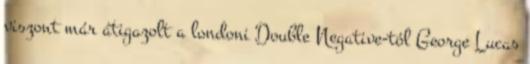
viszont már átigazolt a londoni Double Negative-tól George Lucas